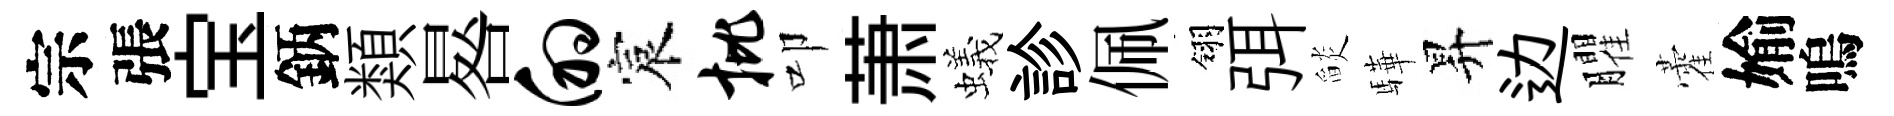
宗張宝鈵類晷的宸批叩萧蟻診佩翎弭𦦨驊昇边臞藿媮嗚